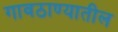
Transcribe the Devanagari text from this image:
गावठाण्यातील